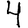
Digit: 4